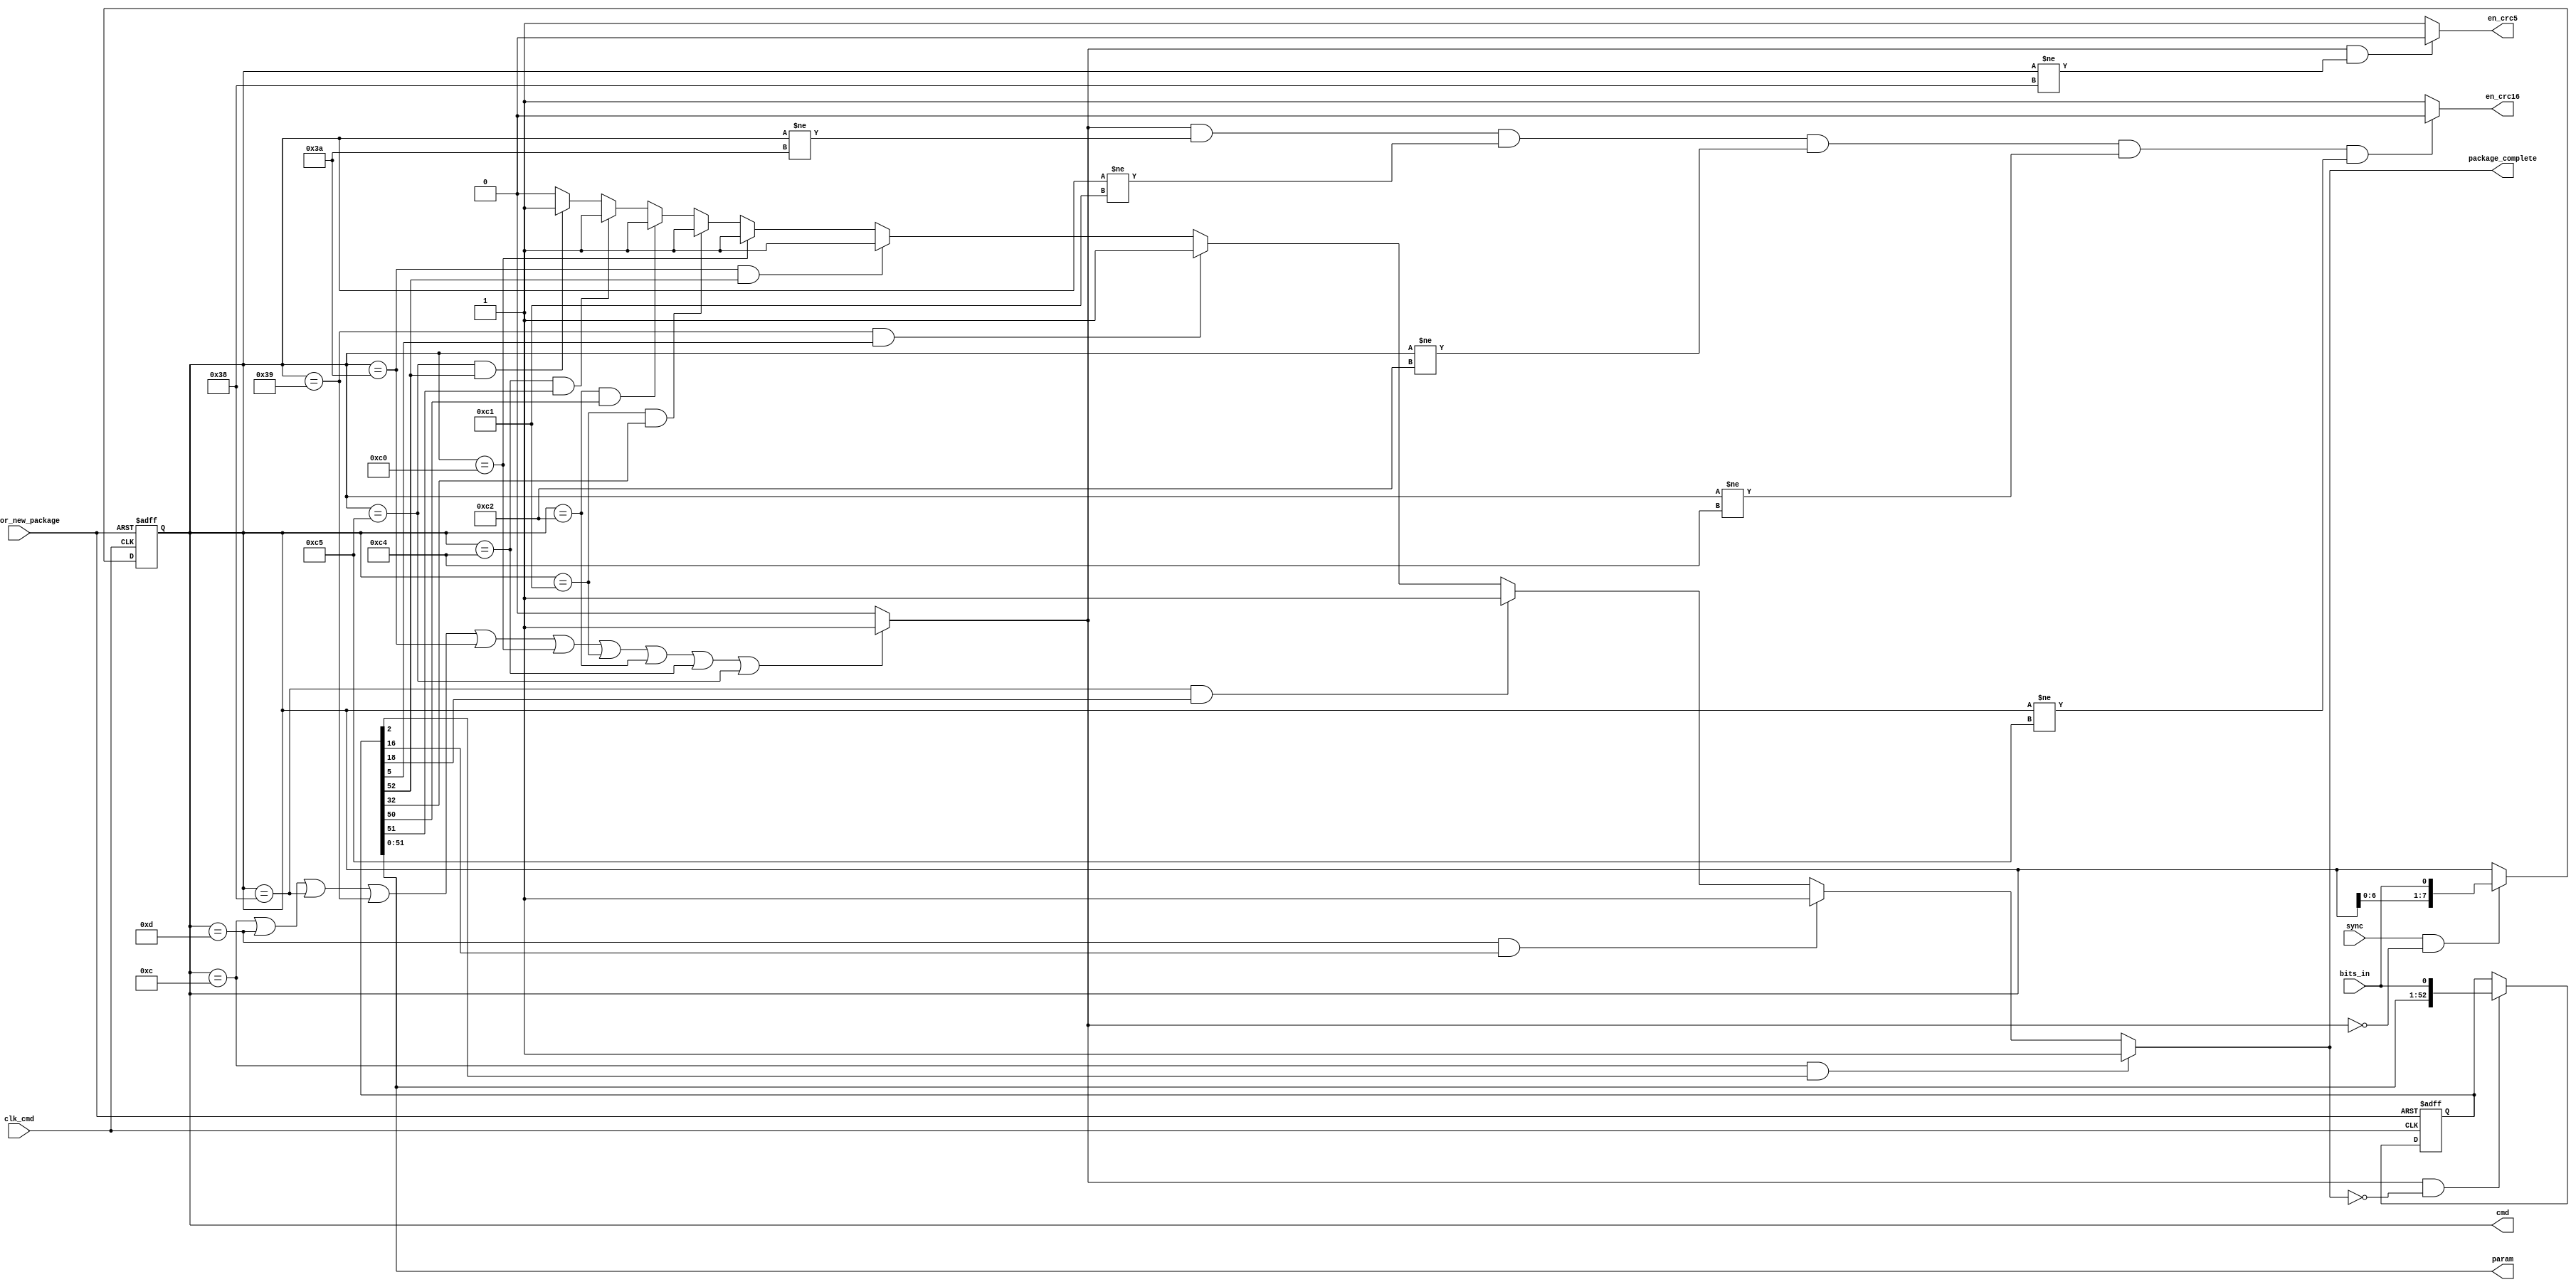
module cmd_buf
(
output reg [7:0]cmd,
output [51:0]param,
output package_complete,
output en_crc5,
output en_crc16,
input clk_cmd,
input rst_for_new_package,
input bits_in,
input sync
);


// --- mandatory command of EPC Gen2 protocol ---
parameter QueryRep		= 8'b0000_1100;
parameter ACK			= 8'b0000_1101;
parameter Query			= 8'b0011_1000;
parameter QueryAdjust		= 8'b0011_1001;
parameter Select		= 8'b0011_1010;
parameter NAK			= 8'b1100_0000;
parameter Req_RN		= 8'b1100_0001;
parameter Read			= 8'b1100_0010;
//parameter Write		= 8'b1100_0011;
parameter Kill			= 8'b1100_0100;
parameter Lock			= 8'b1100_0101;


reg cmd_complete;
reg [52:0]param_tmp;


assign param = param_tmp[51:0];

assign en_crc5 = (cmd_complete & cmd != Query)? 1'b0 : 1'b1;

assign en_crc16 = (cmd_complete & cmd != Select & cmd != Req_RN & cmd != Read & cmd != Kill & cmd != Lock)? 1'b0 : 1'b1;

assign package_complete = (cmd == QueryRep & param_tmp[2])? 1'b1 :
						  (cmd == ACK & param_tmp[16])? 1'b1 :
						  (cmd == Query & param_tmp[18])? 1'b1 :
						  (cmd == QueryAdjust & param_tmp[5])? 1'b1 :
						  (cmd == Select & param_tmp[52])? 1'b1 :
						  (cmd == NAK)? 1'b1 :
						  (cmd == Req_RN & param_tmp[32])? 1'b1 :
						  (cmd == Read & param_tmp[50])? 1'b1 :
						  (cmd == Kill & param_tmp[51])? 1'b1 :
						  (cmd == Lock & param_tmp[52])? 1'b1 : 1'b0;

						  
always@(*) begin
	if(cmd == QueryRep | cmd == ACK | cmd == Query |
	   cmd == QueryAdjust | cmd == Select | cmd == NAK |
	   cmd == Req_RN | cmd == Read | cmd == Kill | cmd == Lock) cmd_complete = 1'b1;
	else cmd_complete = 1'b0;
end


always@(posedge clk_cmd or negedge rst_for_new_package) begin
	if(~rst_for_new_package) cmd <= 8'b0000_0011;
	else begin
		if(sync & ~cmd_complete) cmd <= {cmd[6:0], bits_in};
	end
end


always@(posedge clk_cmd or negedge rst_for_new_package) begin
	if(~rst_for_new_package) param_tmp <= 53'b1;
	else begin
		if(cmd_complete & ~package_complete) param_tmp <= {param_tmp[51:0], bits_in};
	end
end


endmodule